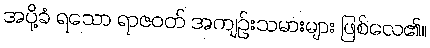
အပို့ခံ ရသော ရာဇဝတ် အကျဉ်းသမားများ ဖြစ်လေ၏။